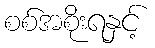
စစ်အစိုးရနှင့်